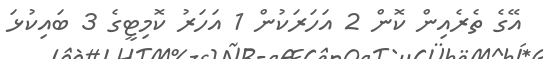
އޭގެ ތެރެއިން ކޮން 2 އަހަރަކުން 1 އަހަރު ކޮމިޓީގެ 3 ބައިކުޅަ